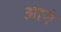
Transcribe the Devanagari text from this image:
अाने